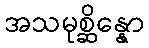
အသမုစ္ဆိန္နော